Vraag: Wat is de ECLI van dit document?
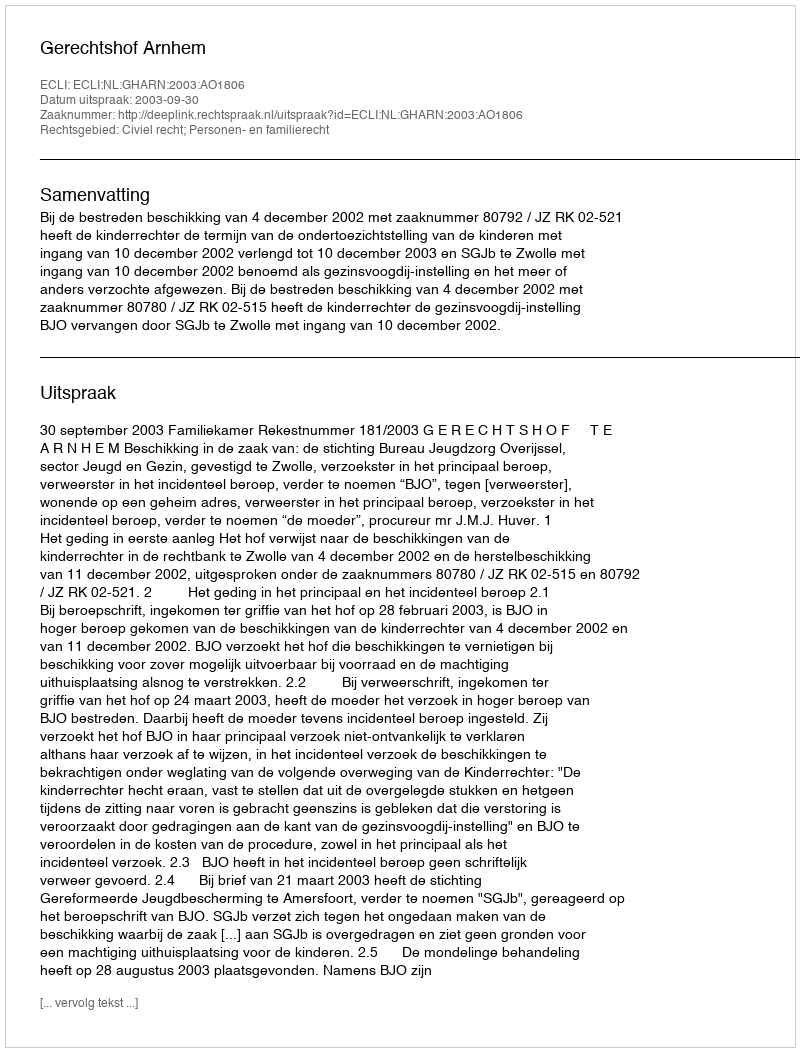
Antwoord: ECLI:NL:GHARN:2003:AO1806